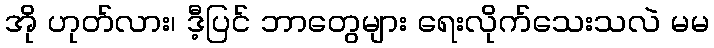
အို ဟုတ်လား၊ ဒီ့ပြင် ဘာတွေများ ရေးလိုက်သေးသလဲ မမ